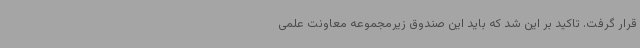
قرار گرفت. تاکید بر این شد که باید این صندوق زیرمجموعه معاونت علمی